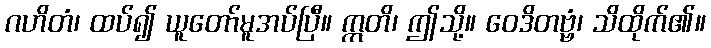
ဂဟိတံ၊ ထပ်၍ ယူတော်မူအပ်ပြီ။ ဣတိ၊ ဤသို့။ ဝေဒိတဗ္ဗံ၊ သိထိုက်၏။